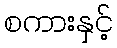
စကားနှင့်